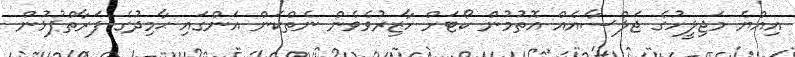
އިއްޔެ މަޖިލީހުގެ ޖަލްސާއެއް އޮތުމުން ކޯޓަށް ހާޒިރުވެވެން ނެތްކަން އަންގައި ޙާމިދުގެ ފަރާތްޕުޅުން